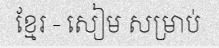
ខ្មែរ - សៀម សម្រាប់